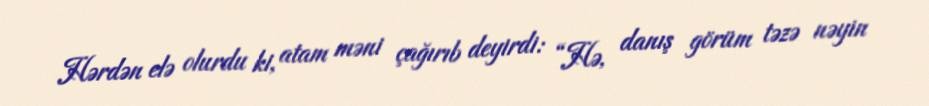
Hərdən elə olurdu ki, atam məni çağırıb deyirdi: “Hə, danış görüm təzə nəyin